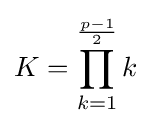
K=\prod _{k=1}^{\frac {p-1}{2}}k